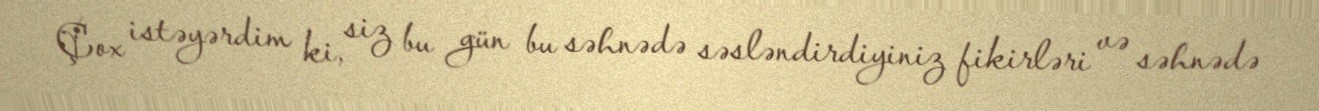
Çox istəyərdim ki, siz bu gün bu səhnədə səsləndirdiyiniz fikirləri və səhnədə